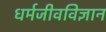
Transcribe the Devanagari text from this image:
धर्मजीवविज्ञान